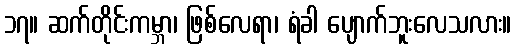
၁၇။ ဆက်တိုင်းကမ္ဘာ၊ ဖြစ်လေရာ၊ ရံခါ ပျောက်ဘူးလေသလား။